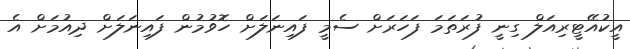
އީކުއޭޓީރިއަލް ގިނީ ފުރަތަމަ ފަހަރަށް ސެމީ ފައިނަލަށް ހޮވުމުން ފައިނަލަށް ދިއުމަށް އެ